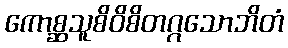
ကောစ္ဆသူစိဝိစိတဂ္ဂသောဘိတံ